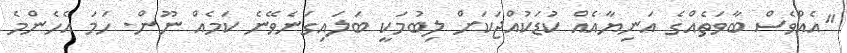
"އެއްވެސް ބާވަތެއްގެ އަނިޔާއެއް ކުޑަކުއްޖަކަށް ލިބުމަކީ ބަލައިގަނެވޭނެ ކަމެއް ނޫން. ހަމަ އެހެންމެ